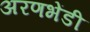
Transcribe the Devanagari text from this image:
अरणभेंडी